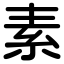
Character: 素